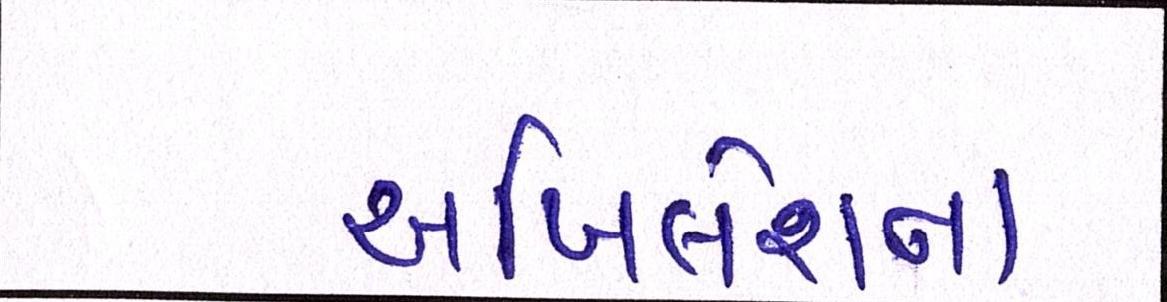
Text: અખિલેશના